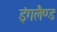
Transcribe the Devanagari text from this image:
इंगलैण्‍ड